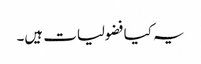
یہ کیا فضولیات ہیں۔